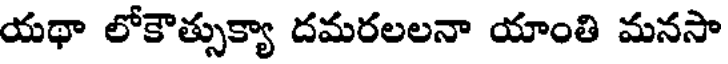
యథా లోకౌత్సుక్యా దమరలలనా యాంతి మనసా